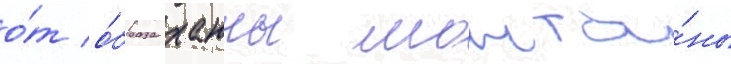
о́т о́браза ханны монта́ны